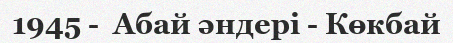
1945 -  Абай әндері - Көкбай